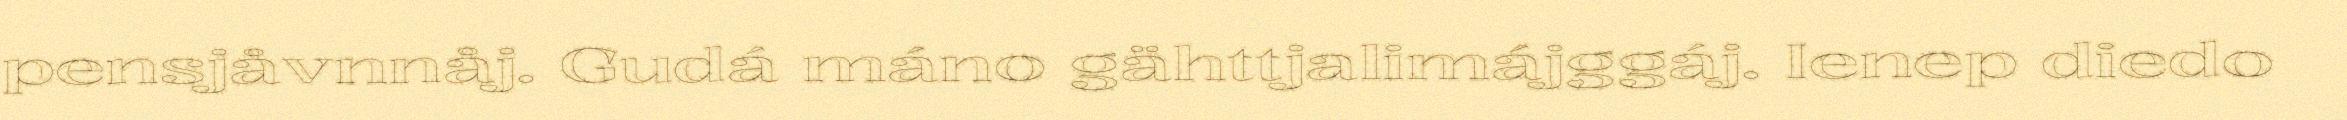
pensjåvnnåj. Gudá máno gähttjalimájggáj. Ienep diedo